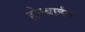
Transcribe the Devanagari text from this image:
होल्बाईन